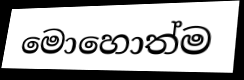
මොහොත්ම